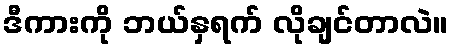
ဒီကားကို ဘယ်နှရက် လိုချင်တာလဲ။